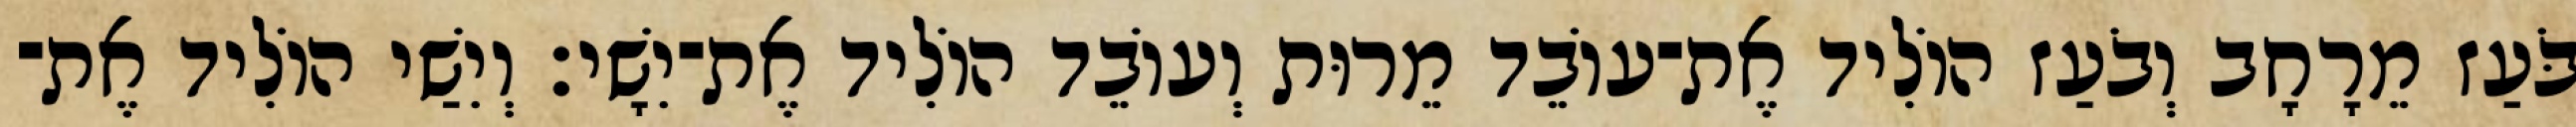
בֹּעַז מֵרָחָב וְבֹעַז הוֹלִיד אֶת־עוֹבֵד מֵרוּת וְעוֹבֵד הוֹלִיד אֶת־יִשָׁי׃ וְיִשַׁי הוֹלִיד אֶת־